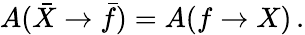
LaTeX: A(\bar{X}\rightarrow\bar{f})=A(f\rightarrow X)\, .